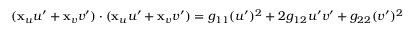
( \mathbf { x } _ { u } u ^ { \prime } + \mathbf { x } _ { v } v ^ { \prime } ) \cdot ( \mathbf { x } _ { u } u ^ { \prime } + \mathbf { x } _ { v } v ^ { \prime } ) = g _ { 1 1 } ( u ^ { \prime } ) ^ { 2 } + 2 g _ { 1 2 } u ^ { \prime } v ^ { \prime } + g _ { 2 2 } ( v ^ { \prime } ) ^ { 2 }